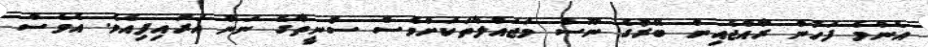
އެންމެ ފަހުން ރާއްޖެއިން ބޭރުގެ ނޫސް މަޖައްލާތަކަށްވެސް ސުނީތާގެ ނަން އަރައިފިއެވެ. އެވެސް